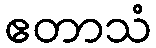
ဧတာသံ